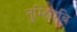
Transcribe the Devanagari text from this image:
तुम्हियबि